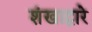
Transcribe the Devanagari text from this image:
शंखाद्वारे